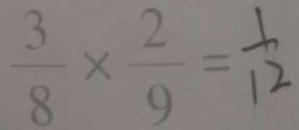
\frac { 3 } { 8 } \times \frac { 2 } { 9 } = \frac { 1 } { 1 2 }